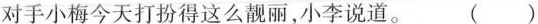
对手小梅今天打扮得这么靓丽，小李说道。 ( )